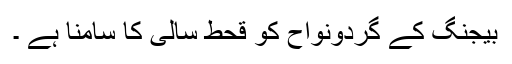
بیجنگ کے گردونواح کو قحط سالی کا سامنا ہے ۔